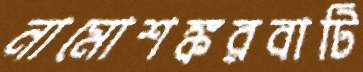
নামোশঙ্করবাটি